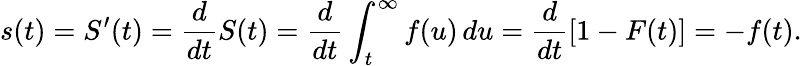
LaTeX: s(t)=S^{\prime}(t)={\frac{d}{dt}}S(t)={\frac{d}{dt}}\int_{t}^{\infty}f(u)\, du={\frac{d}{dt}}[1-F(t)]=-f(t).